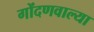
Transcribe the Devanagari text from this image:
गोंदणवाल्या